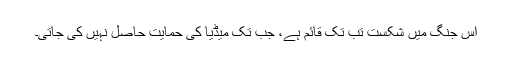
اس جنگ میں شکست تب تک قائم ہے، جب تک میڈیا کی حمایت حاصل نہیں کی جاتی۔